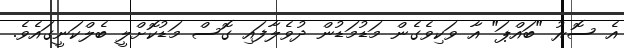
އެ ސޮރު "ބައްޕަ" އާ ވަކިވެގެން މަޑުމަޑުން ދުވެލާފައި ގޮސް މަޑުކޮށްލީ ބެލްކަނީގައެވެ.